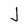
Character: J